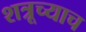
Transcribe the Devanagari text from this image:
शत्रूच्याच